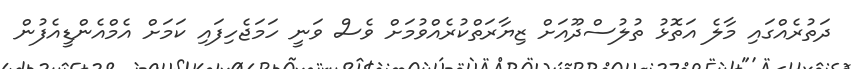
ދަތުރެއްގައި މާލެ އަތޮޅު ތުލުސްދޫއަށް ޒިޔާރަތްކުރެއްވުމަށް ވެސް ވަނީ ހަމަޖެހިފައި ކަމަށް އެމްއެންޑީއެފުން